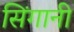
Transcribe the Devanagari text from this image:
सिंगानी